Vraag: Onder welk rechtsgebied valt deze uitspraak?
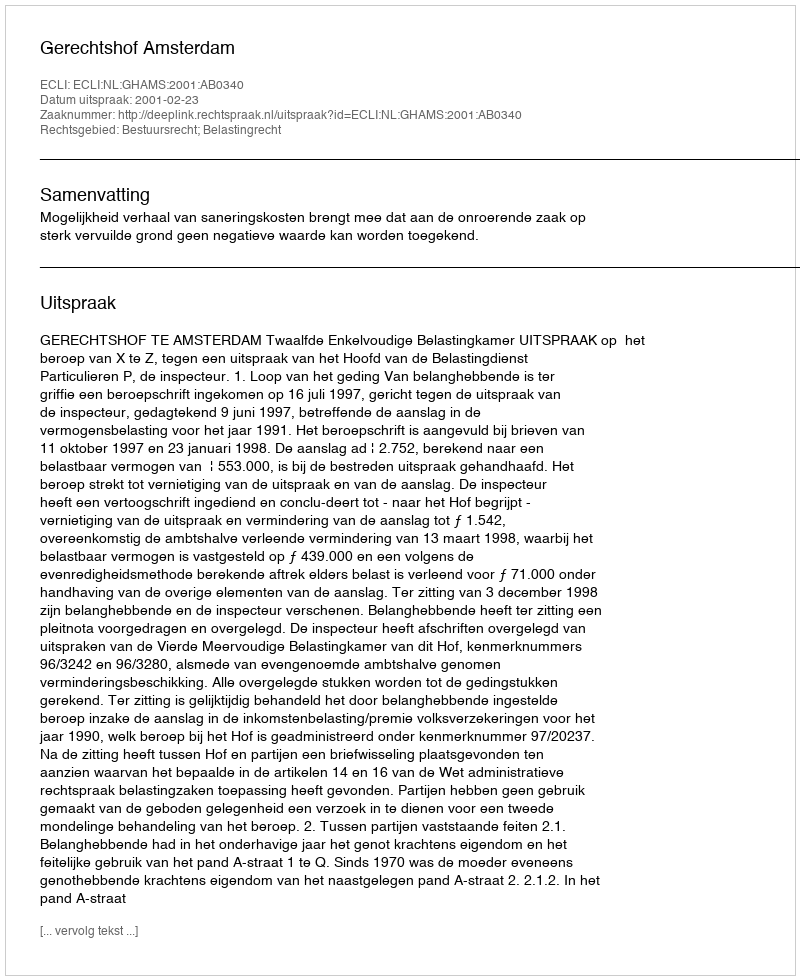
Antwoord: Bestuursrecht; Belastingrecht